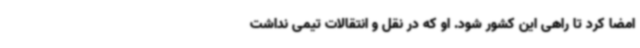
امضا کرد تا راهی این کشور شود. او که در نقل و انتقالات تیمی نداشت